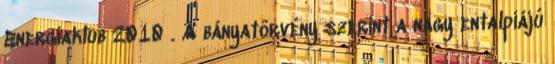
Energiaklub 2010 . A bányatörvény szerint a nagy entalpiájú